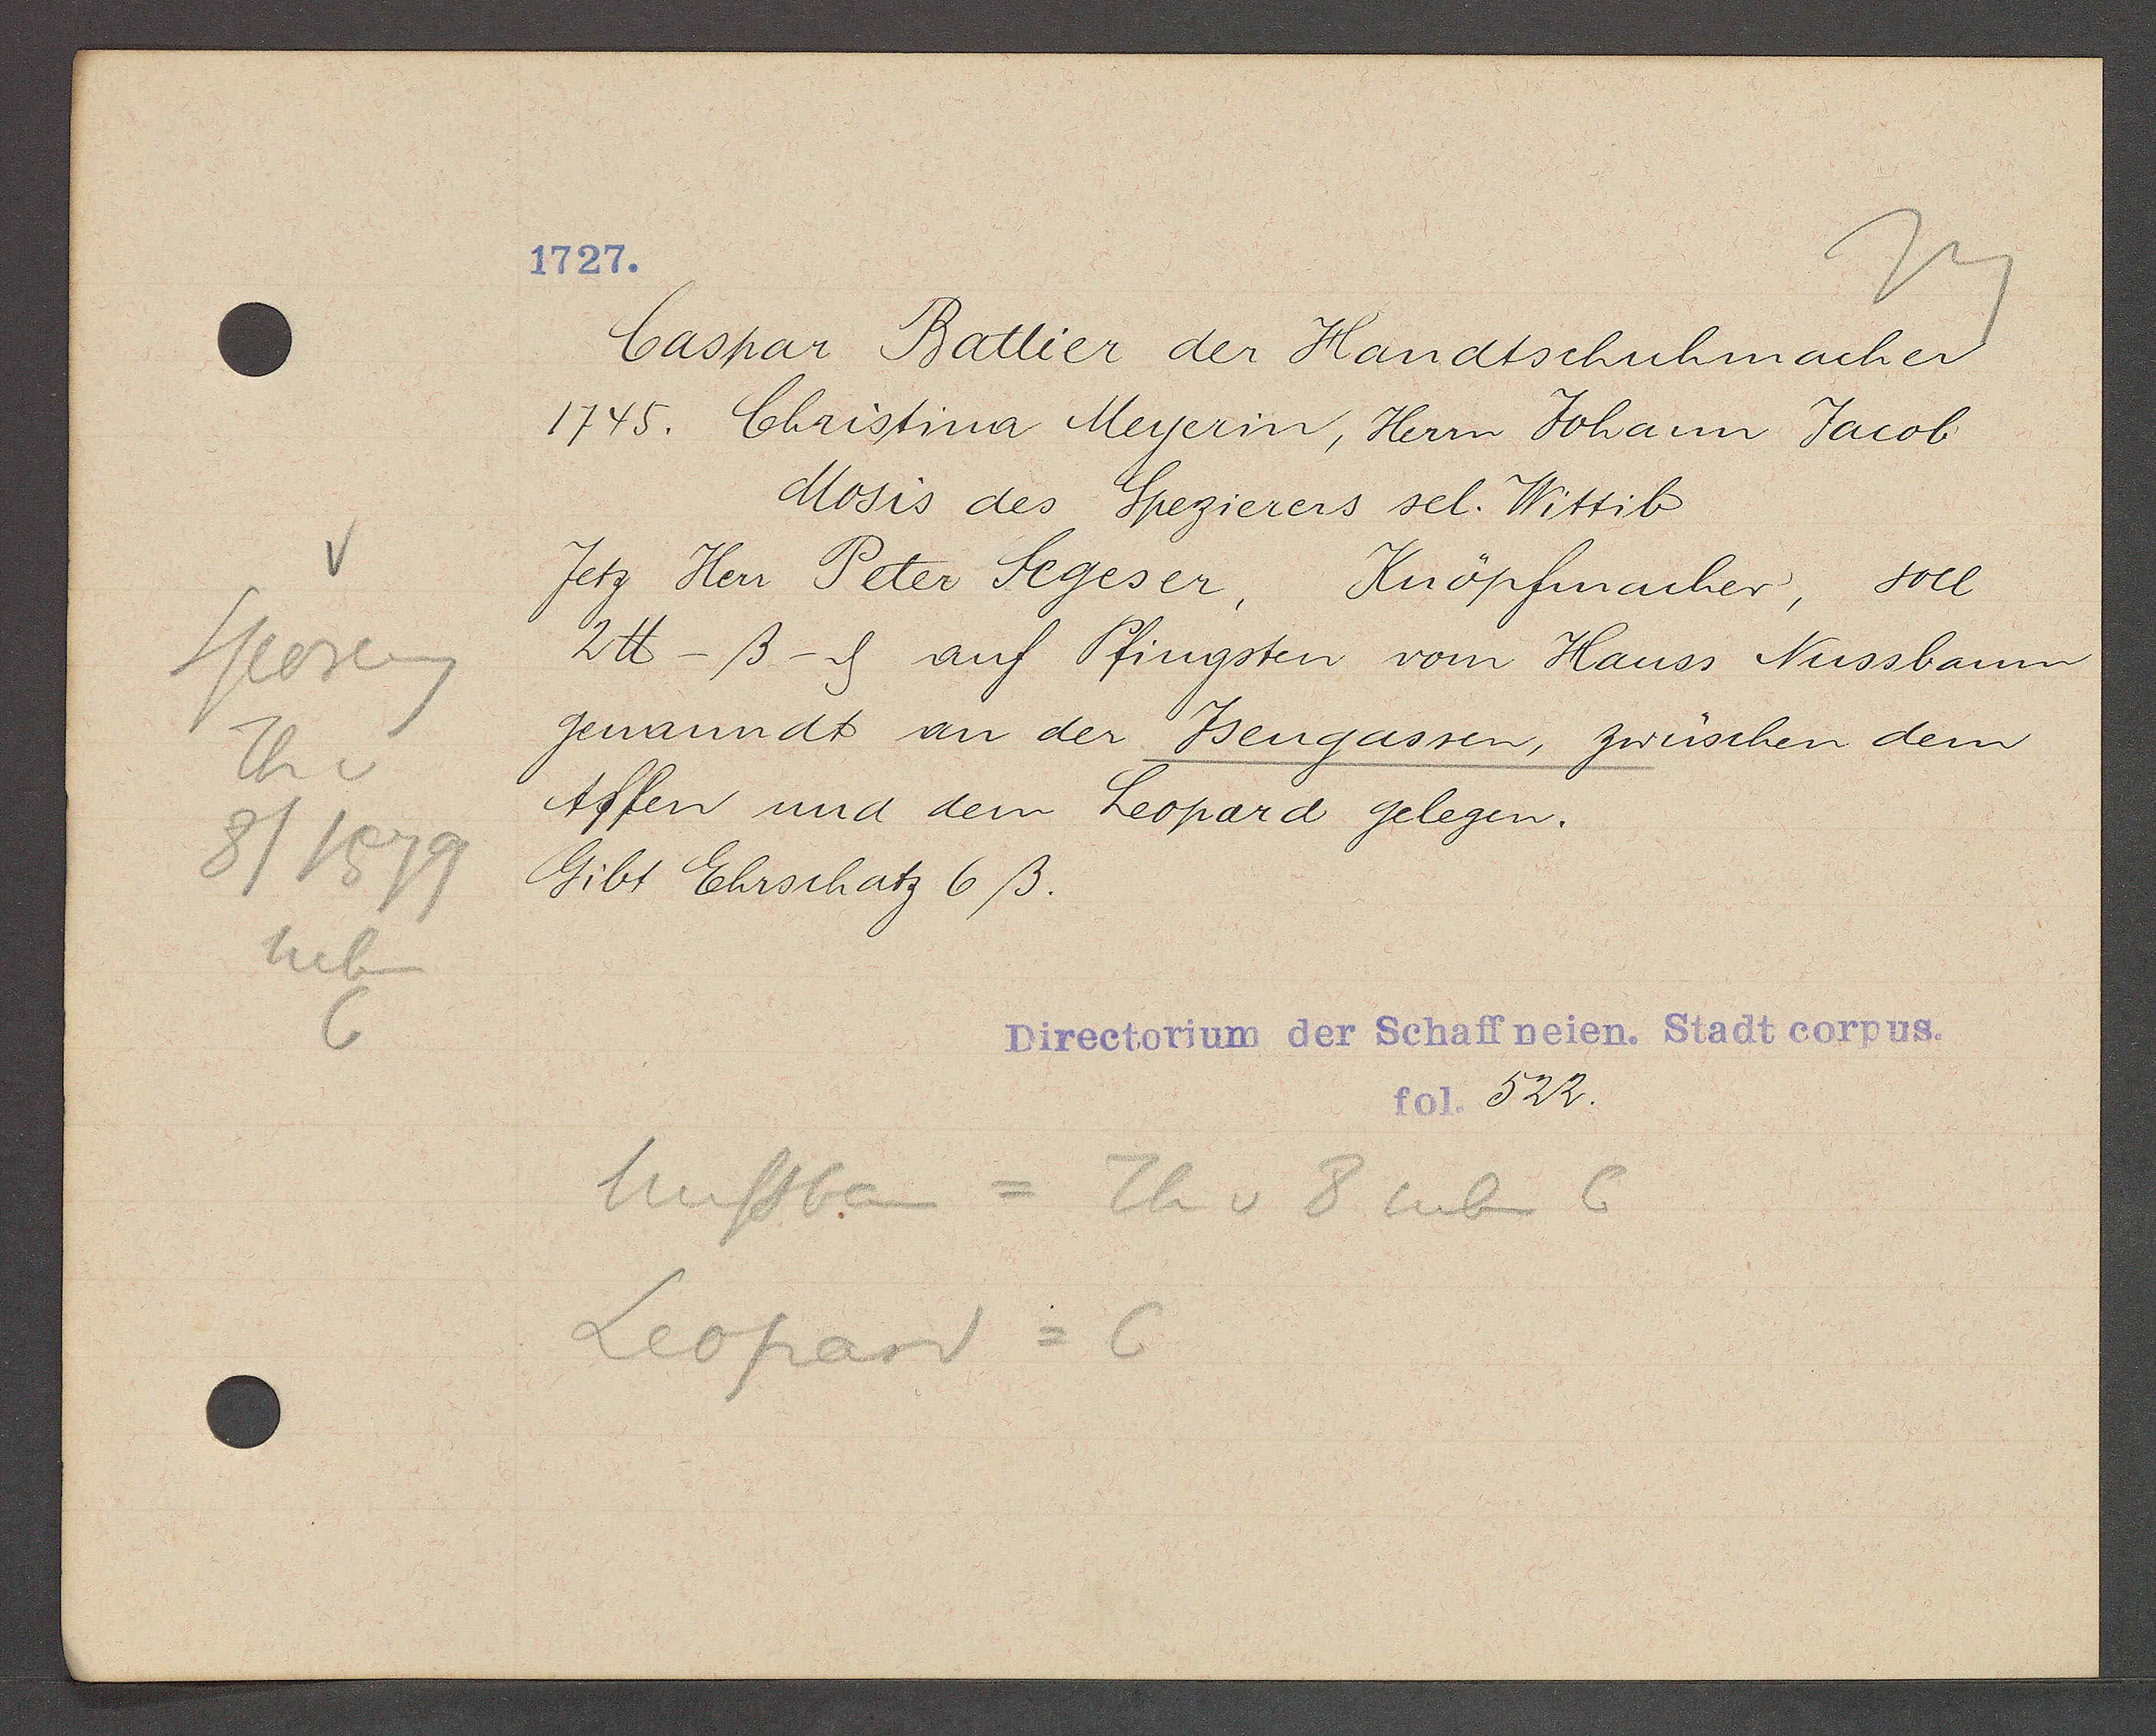
Transcript:
Sporeng
Th v
8/1579
neben
6

1727.

Caspar Battier der Handtschuhmacher
1745. Christina Meyerin, Herrn Johann Jacob
Mosis des Spezierers sel. Wittib
Jetz Herr Peter Segesser, Knöpfmacher, soll
2℔ -ß- ȡ auf Pfingsten vom Hauss Nussbaum
genanndt an der Jsengassen, zwüschen dem
Affen und dem Leopard gelegen.
Gibt Ehrschatz 6ß.

Nussbaum = Th v 8 neben 6
Leopard = 6

Directorium der Schaffneien. Stadt corpus.
fol. 522.